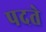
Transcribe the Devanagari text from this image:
पदते